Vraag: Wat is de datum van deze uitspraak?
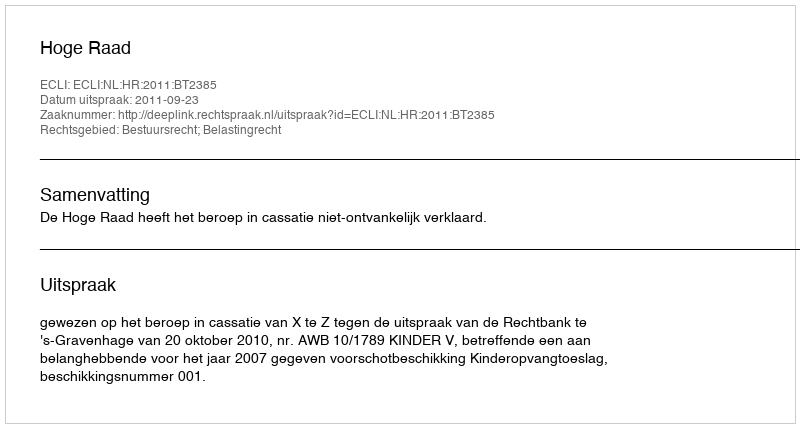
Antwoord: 2011-09-23